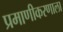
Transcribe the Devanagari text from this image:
प्रमाणीकरणाला